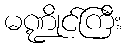
မဏ္ဍိုင်ကြီး